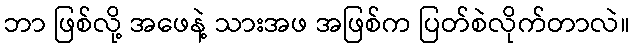
ဘာ ဖြစ်လို့ အဖေနဲ့ သားအဖ အဖြစ်က ပြတ်စဲလိုက်တာလဲ။